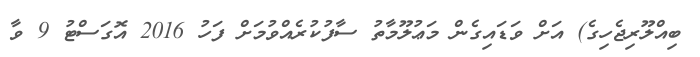
ބިއްލޫރިޖެހިގެ) އަށް ވަޑައިގެން މަޢުލޫމާތު ސާފުކުރެއްވުމަށް ފަހު 2016 އޮގަސްޓު 9 ވާ